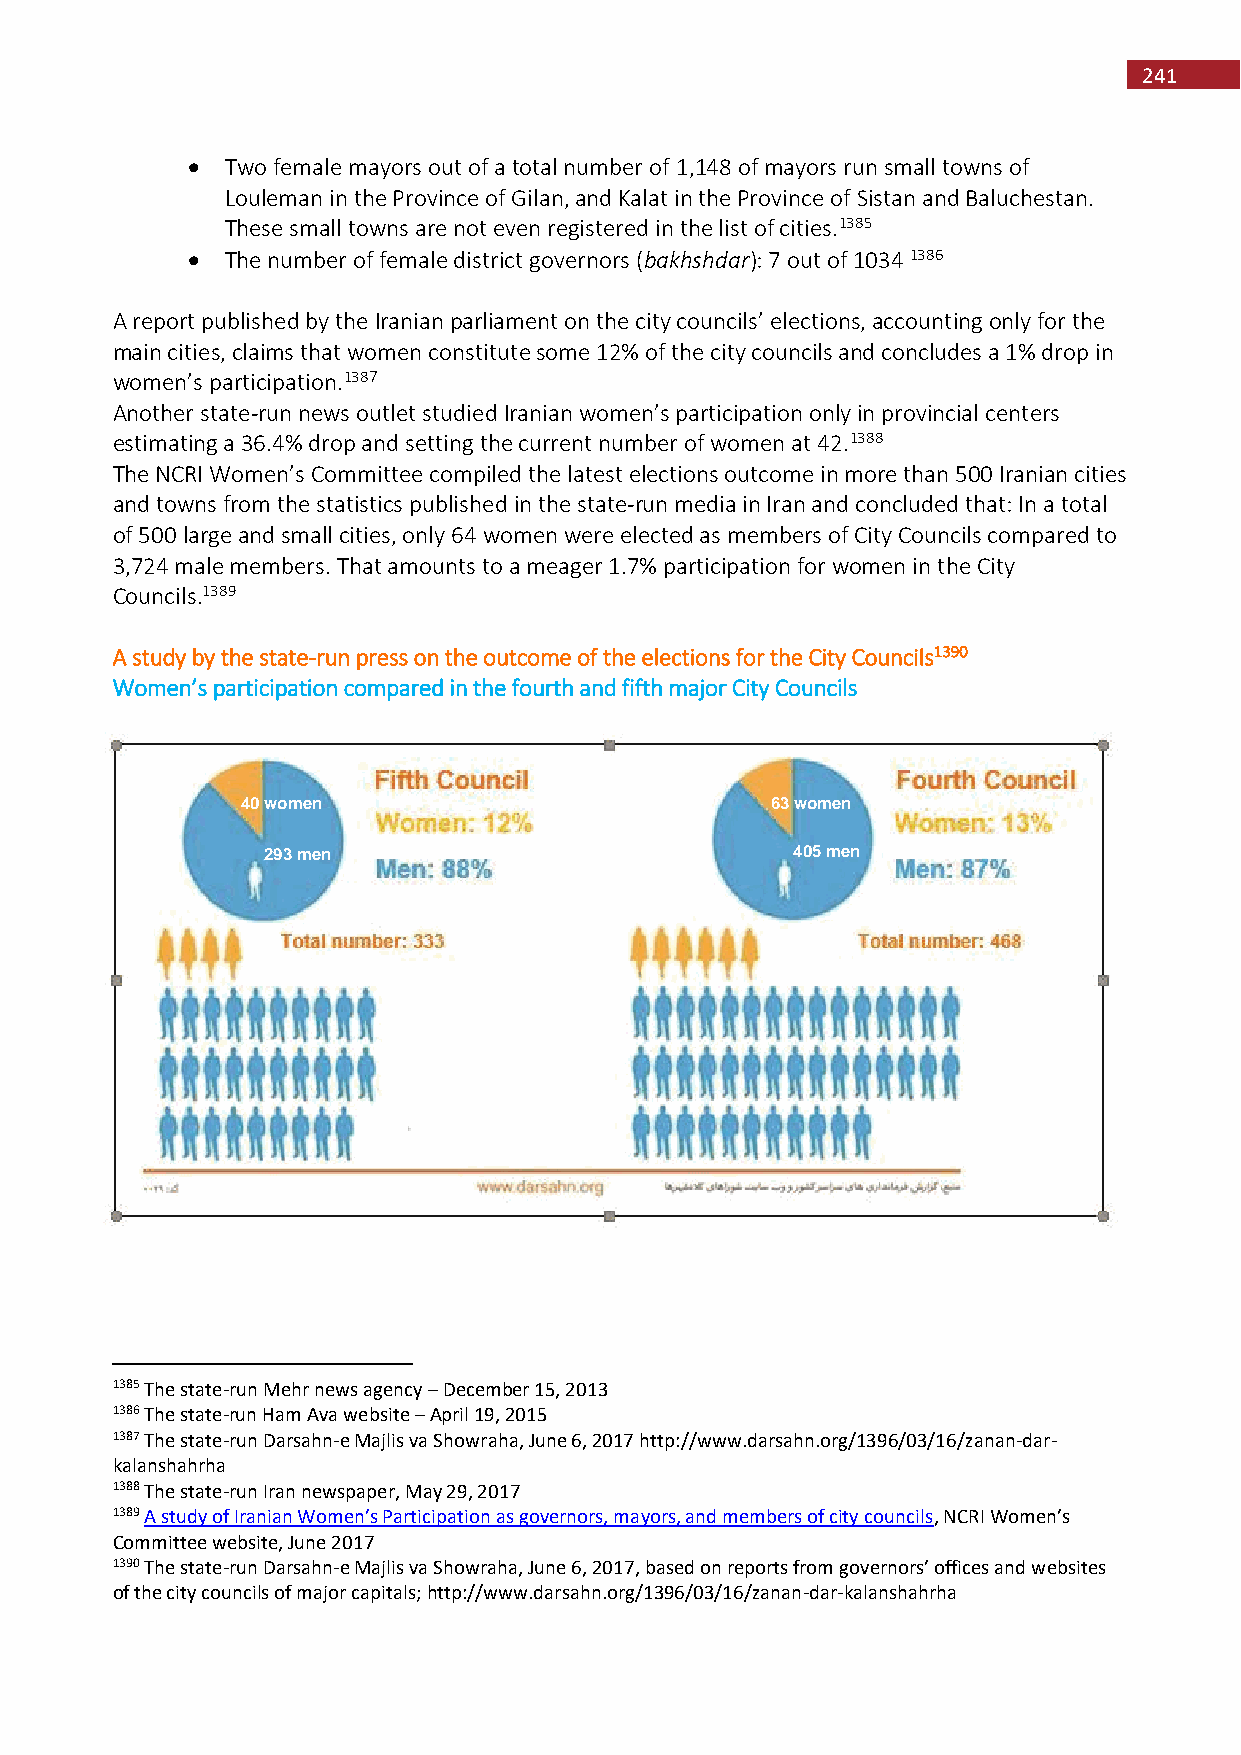
241
   Two female mayors out of a total number of 1,148 of mayors run small towns of
 Louleman in the Province of Gilan, and Kalat in the Province of Sistan and Baluchestan.
 These small towns are not even registered in the list of cities.1385
   The number of female district governors (bakhshdar): 7 out of 1034 1386
 A report published by the Iranian parliament on the city councils’ elections, accounting only for the
 main cities, claims that women constitute some 12% of the city councils and concludes a 1% drop in
 women’s participation.1387
 Another state-run news outlet studied Iranian women’s participation only in provincial centers
 estimating a 36.4% drop and setting the current number of women at 42.1388
 The NCRI Women’s Committee compiled the latest elections outcome in more than 500 Iranian cities
 and towns from the statistics published in the state-run media in Iran and concluded that: In a total
 of 500 large and small cities, only 64 women were elected as members of City Councils compared to
 3,724 male members. That amounts to a meager 1.7% participation for women in the City
 Councils.1389
 A study by the state-run press on the outcome of the elections for the City Councils1390
 Women’s participation compared in the fourth and fifth major City Councils
 40 women                           63 women
 293 men                            405 men
 1385 The state-run Mehr news agency – December 15, 2013
 1386 The state-run Ham Ava website – April 19, 2015
 1387 The state-run Darsahn-e Majlis va Showraha, June 6, 2017 http://www.darsahn.org/1396/03/16/zanan-dar-
 kalanshahrha
 1388 The state-run Iran newspaper, May 29, 2017
 1389 A study of Iranian Women’s Participation as governors, mayors, and members of city councils, NCRI Women’s
 Committee website, June 2017
 1390 The state-run Darsahn-e Majlis va Showraha, June 6, 2017, based on reports from governors’ offices and websites
 of the city councils of major capitals; http://www.darsahn.org/1396/03/16/zanan-dar-kalanshahrha